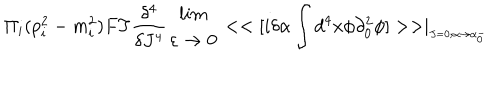
\Pi _ { i } ( p _ { i } ^ { 2 } - m _ { i } ^ { 2 } ) F T \frac { \delta ^ { 4 } } { \delta J ^ { 4 } } \begin{array} { c } { { l i m } } \\ { { \varepsilon \rightarrow 0 } } \\ \end{array} < < [ i \delta \alpha \int d ^ { 4 } x \phi \partial _ { 0 } ^ { 2 } \phi ] > > \mid _ { _ { J = 0 ; \alpha \rightarrow \alpha _ { 0 } ^ { - } } }